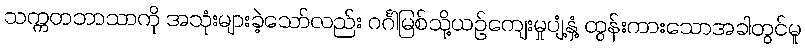
သက္ကတဘာသာကို အသုံးများခဲ့သော်လည်း ဂင်္ဂါမြစ်သို့ယဉ်ကျေးမှုပျံ့နှံ့ ထွန်းကားသောအခါတွင်မူ